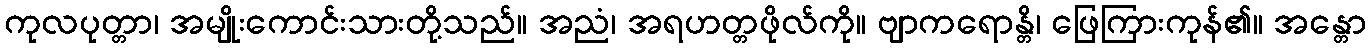
ကုလပုတ္တာ၊ အမျိုးကောင်းသားတို့သည်။ အညံ၊ အရဟတ္တဖိုလ်ကို။ ဗျာကရောန္တိ၊ ဖြေကြားကုန်၏။ အန္တော